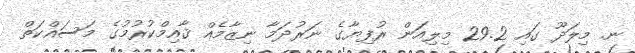
ނ. މިލަދޫ ގައި 29.2 މިލިއަން ރުފިޔާގެ ނަރުދަމާ ނިޒާމެއް ޤާއިމްކުރުމުގެ މަސައްކަތް